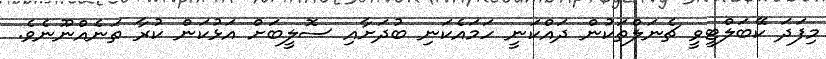
މިފަދަ ކޭބަލްޓީވީ ޗެނަލްތަކުން ދައްކަނީ ހަމައެކަނި ބުދަށާއި ސޮލީބަށް އަޅުކަން ކުރާ ތަނެއްނޫނެވެ.